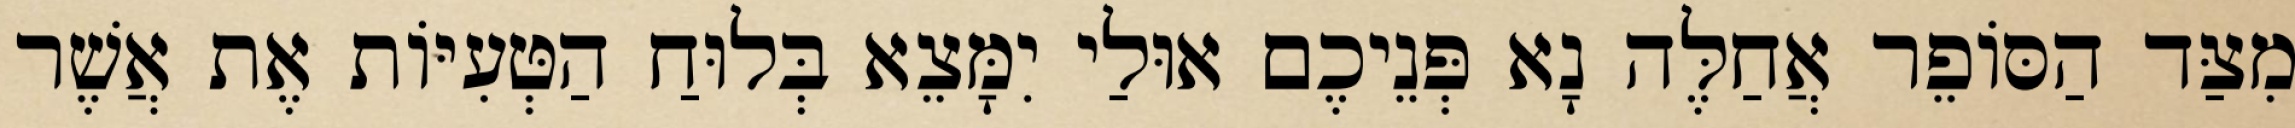
מִצַּד הַסּוֹפֵר אֲחַלֶּה נָא פְּנֵיכֶם אוּלַי יִמָּצֵא בְּלוּחַ הַטְּעִיּוֹת אֶת אֲשֶׁר